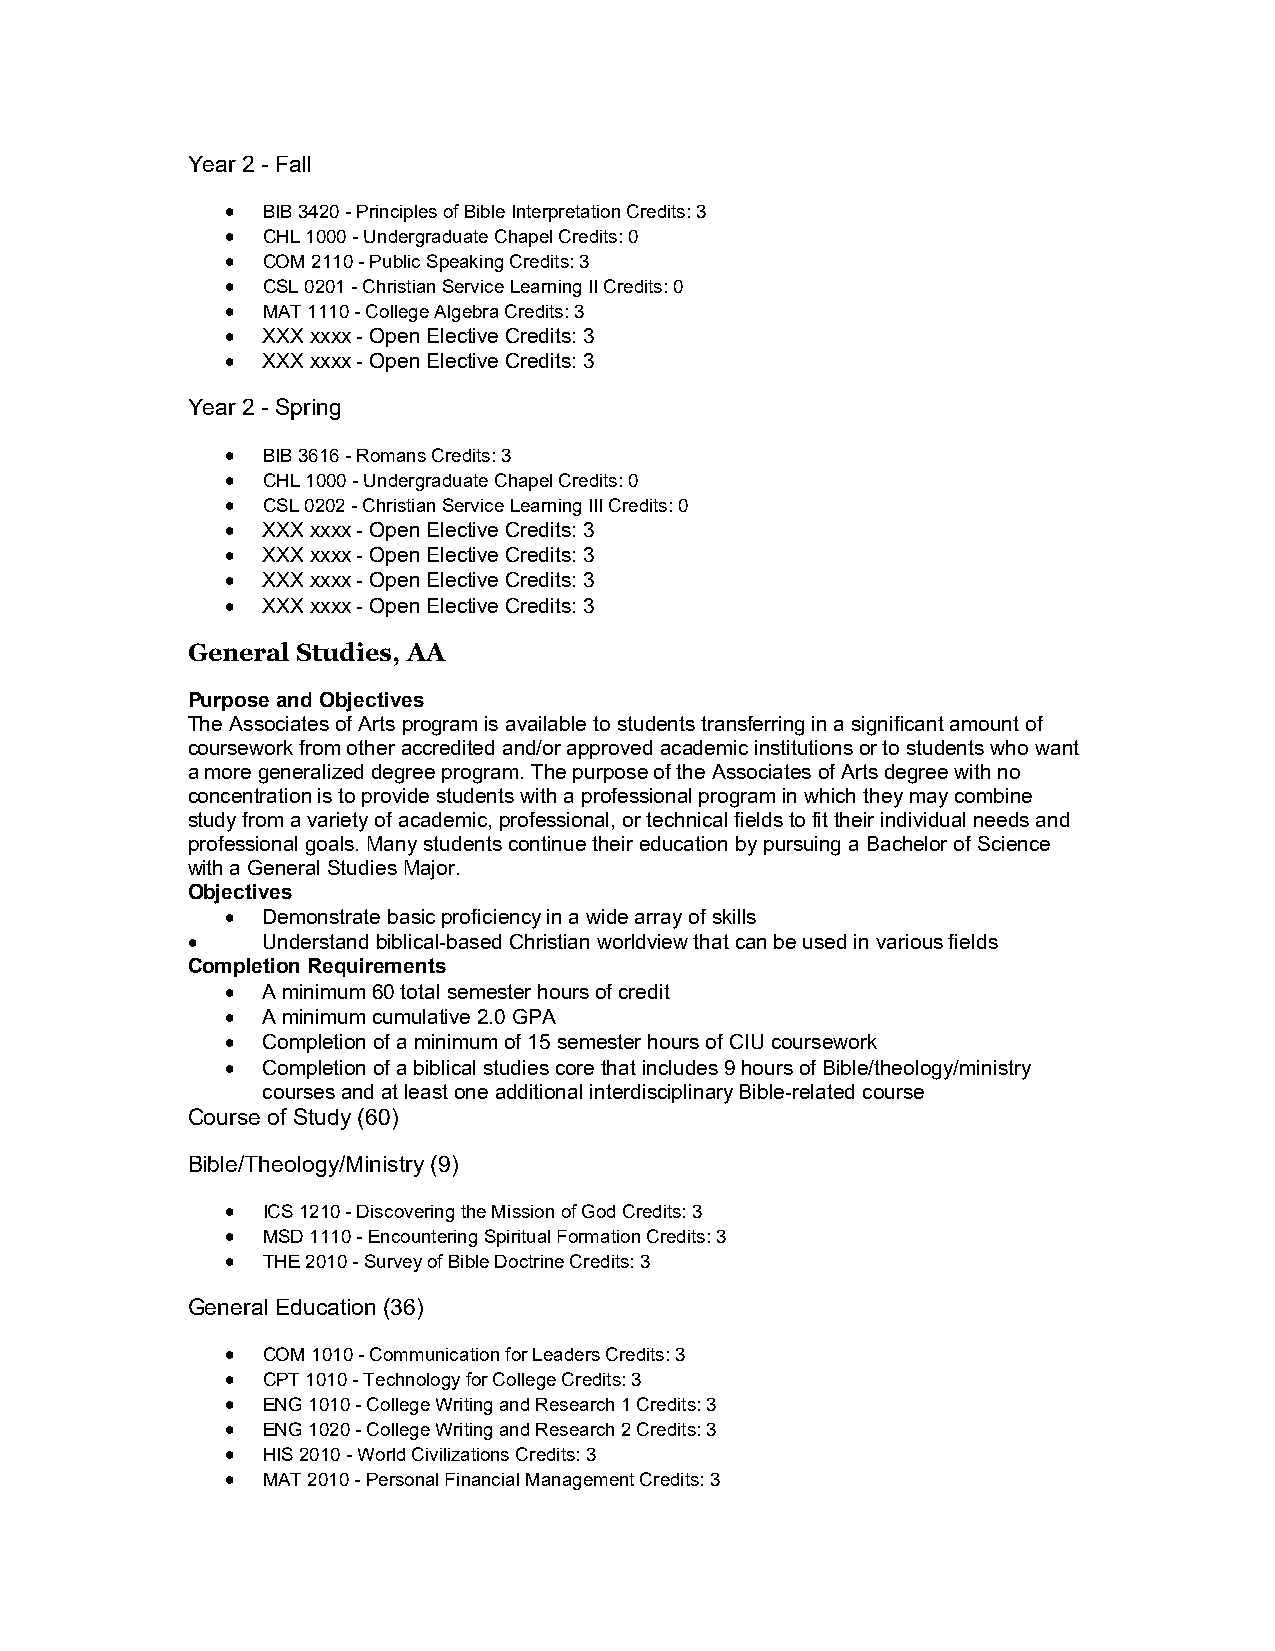
Year 2 - Fall
  BIB 3420 - Principles of Bible Interpretation Credits: 3
  CHL 1000 - Undergraduate Chapel Credits: 0
  COM 2110 - Public Speaking Credits: 3
  CSL 0201 - Christian Service Learning II Credits: 0
  MAT 1110 - College Algebra Credits: 3
  XXX xxxx - Open Elective Credits: 3
  XXX xxxx - Open Elective Credits: 3
 Year 2 - Spring
  BIB 3616 - Romans Credits: 3
  CHL 1000 - Undergraduate Chapel Credits: 0
  CSL 0202 - Christian Service Learning III Credits: 0
  XXX xxxx - Open Elective Credits: 3
  XXX xxxx - Open Elective Credits: 3
  XXX xxxx - Open Elective Credits: 3
  XXX xxxx - Open Elective Credits: 3
 General Studies, AA
 Purpose and Objectives
 The Associates of Arts program is available to students transferring in a significant amount of
 coursework from other accredited and/or approved academic institutions or to students who want
 a more generalized degree program. The purpose of the Associates of Arts degree with no
 concentration is to provide students with a professional program in which they may combine
 study from a variety of academic, professional, or technical fields to fit their individual needs and
 professional goals. Many students continue their education by pursuing a Bachelor of Science
 with a General Studies Major.
 Objectives
  Demonstrate basic proficiency in a wide array of skills
     Understand biblical-based Christian worldview that can be used in various fields
 Completion Requirements
  A minimum 60 total semester hours of credit
  A minimum cumulative 2.0 GPA
  Completion of a minimum of 15 semester hours of CIU coursework
  Completion of a biblical studies core that includes 9 hours of Bible/theology/ministry
 courses and at least one additional interdisciplinary Bible-related course
 Course of Study (60)
 Bible/Theology/Ministry (9)
  ICS 1210 - Discovering the Mission of God Credits: 3
  MSD 1110 - Encountering Spiritual Formation Credits: 3
  THE 2010 - Survey of Bible Doctrine Credits: 3
 General Education (36)
  COM 1010 - Communication for Leaders Credits: 3
  CPT 1010 - Technology for College Credits: 3
  ENG 1010 - College Writing and Research 1 Credits: 3
  ENG 1020 - College Writing and Research 2 Credits: 3
  HIS 2010 - World Civilizations Credits: 3
  MAT 2010 - Personal Financial Management Credits: 3